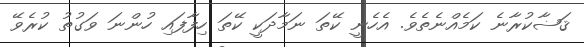
ޤަޟާކުރާނެ ކަމެއްނެތެވެ. އެހެނީ ކޭތަ ނަމާދަކީ ކޭތަ ހިފާފައި ހުންނަ ވަގުތު ކުރެވޭ